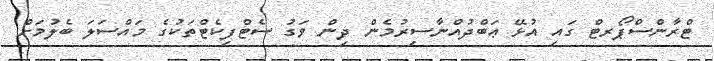
ޓްރާންސްޕޯރޓް ގައި އުޅޭ ޢަބްދުއްނާސިރުމެން ދިން ވަގު ސެޓްފިކެޓްތަކުގެ މައްސަލަ ބެލުމަށް